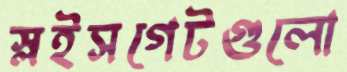
স্লইসগেটগুলো